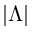
| \Lambda |